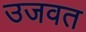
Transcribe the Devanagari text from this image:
उजवत